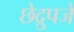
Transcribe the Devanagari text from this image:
छेद्रुपजे